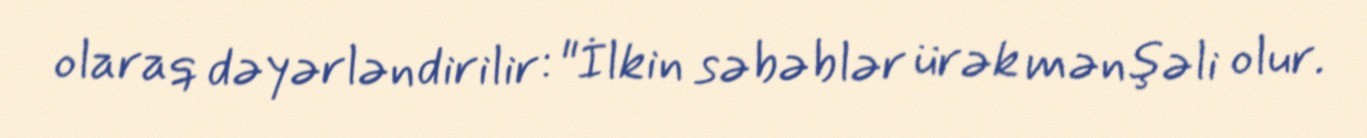
olaraq dəyərləndirilir: "İlkin səbəblər ürək mənşəli olur.